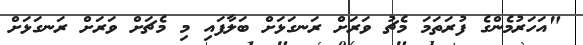
"އަހަރުމެންގެ ފުރަތަމަ މެޗު ވަރަށް ރަނގަޅަށް ބަލާފައި މި މެޗަށް ވަރަށް ރަނގަޅަށް